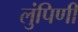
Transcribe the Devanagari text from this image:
लुंपिणी